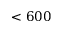
< 6 0 0